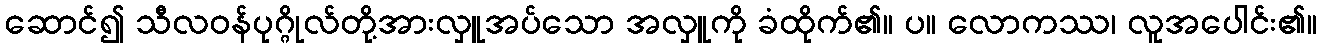
ဆောင်၍ သီလဝန်ပုဂ္ဂိုလ်တို့အားလှူအပ်သော အလှူကို ခံထိုက်၏။ ပ။ လောကဿ၊ လူအပေါင်း၏။